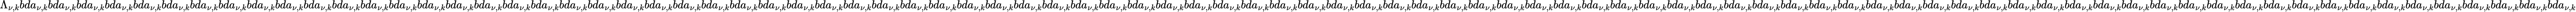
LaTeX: \Lambda_{\nu,k}bda_{\nu,k}bda_{\nu,k}bda_{\nu,k}bda_{\nu,k}bda_{\nu,k}bda_{\nu,k}bda_{\nu,k}bda_{\nu,k}bda_{\nu,k}bda_{\nu,k}bda_{\nu,k}bda_{\nu,k}bda_{\nu,k}bda_{\nu,k}bda_{\nu,k}bda_{\nu,k}bda_{\nu,k}bda_{\nu,k}bda_{\nu,k}bda_{\nu,k}bda_{\nu,k}bda_{\nu,k}bda_{\nu,k}bda_{\nu,k}bda_{\nu,k}bda_{\nu,k}bda_{\nu,k}bda_{\nu,k}bda_{\nu,k}bda_{\nu,k}bda_{\nu,k}bda_{\nu,k}bda_{\nu,k}bda_{\nu,k}bda_{\nu,k}bda_{\nu,k}bda_{\nu,k}bda_{\nu,k}bda_{\nu,k}bda_{\nu,k}bda_{\nu,k}bda_{\nu,k}bda_{\nu,k}bda_{\nu,k}bda_{\nu,k}bda_{\nu,k}bda_{\nu,k}bda_{\nu,k}bda_{\nu,k}bda_{\nu,k}bda_{\nu,k}bda_{\nu,k}bda_{\nu,k}bda_{\nu,k}bda_{\nu,k}bda_{\nu,k}bda_{\nu,k}bda_{\nu,k}bda_{\nu,k}bda_{\nu,k}bda_{\nu,k}bda_{\nu,k}bda_{\nu,k}bda_{\nu,k}bda_{\nu,k}bda_{\nu,k}bda_{\nu,k}bda_{\nu,k}bda_{\nu,k}bda_{\nu,k}bda_{\nu,k}bda_{\nu,k}bda_{\nu,k}bda_{\nu,k}bda_{\nu,k}bda_{\nu,k}bda_{\nu,k}bda_{\nu,k}bda_{\nu,k}bda_{\nu,k}bda_{\nu,k}bda_{\nu,k}bda_{\nu,k}bda_{\nu,k}bda_{\nu,k}bda_{\nu,k}bda_{\nu,k}bda_{\nu,k}bda_{\nu,k}bda_{\nu,k}